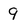
Character: 9